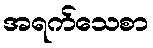
အရက်သေစာ